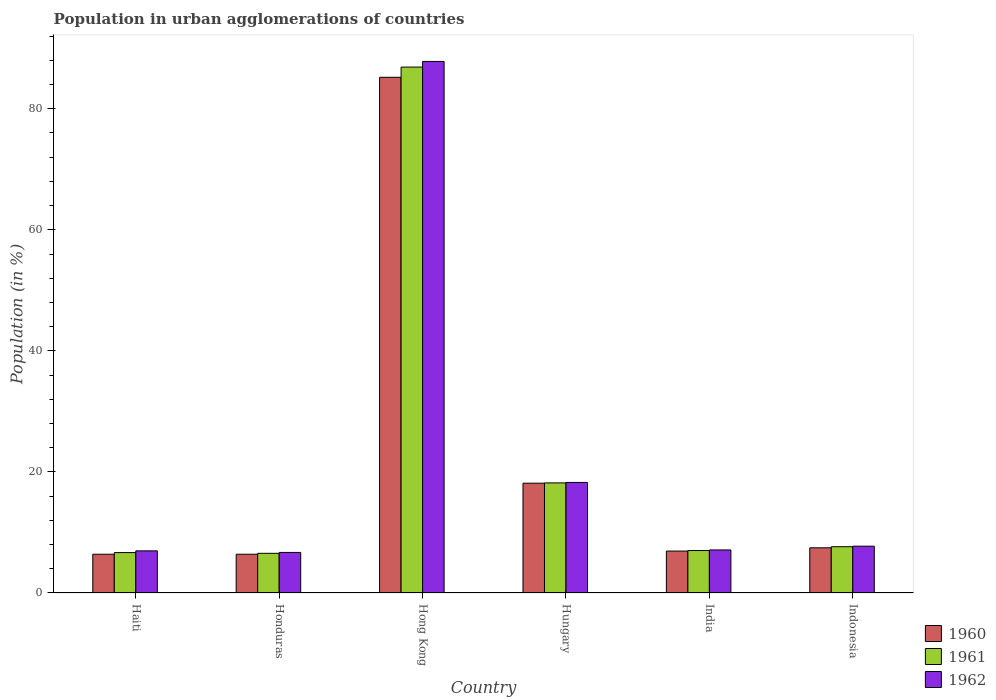
| Country | 1960 | 1961 | 1962 |
 | --- | --- | --- | --- |
 | Haiti | 6.4 | 6.68 | 6.96 |
 | Honduras | 6.4 | 6.55 | 6.7 |
 | Hong Kong | 85.2 | 86.9 | 87.8 |
 | Hungary | 18.1 | 18.2 | 18.3 |
 | India | 6.93 | 7.01 | 7.11 |
 | Indonesia | 7.46 | 7.65 | 7.73 |